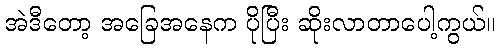
အဲဒီတော့ အခြေအနေက ပိုပြီး ဆိုးလာတာပေါ့ကွယ်။